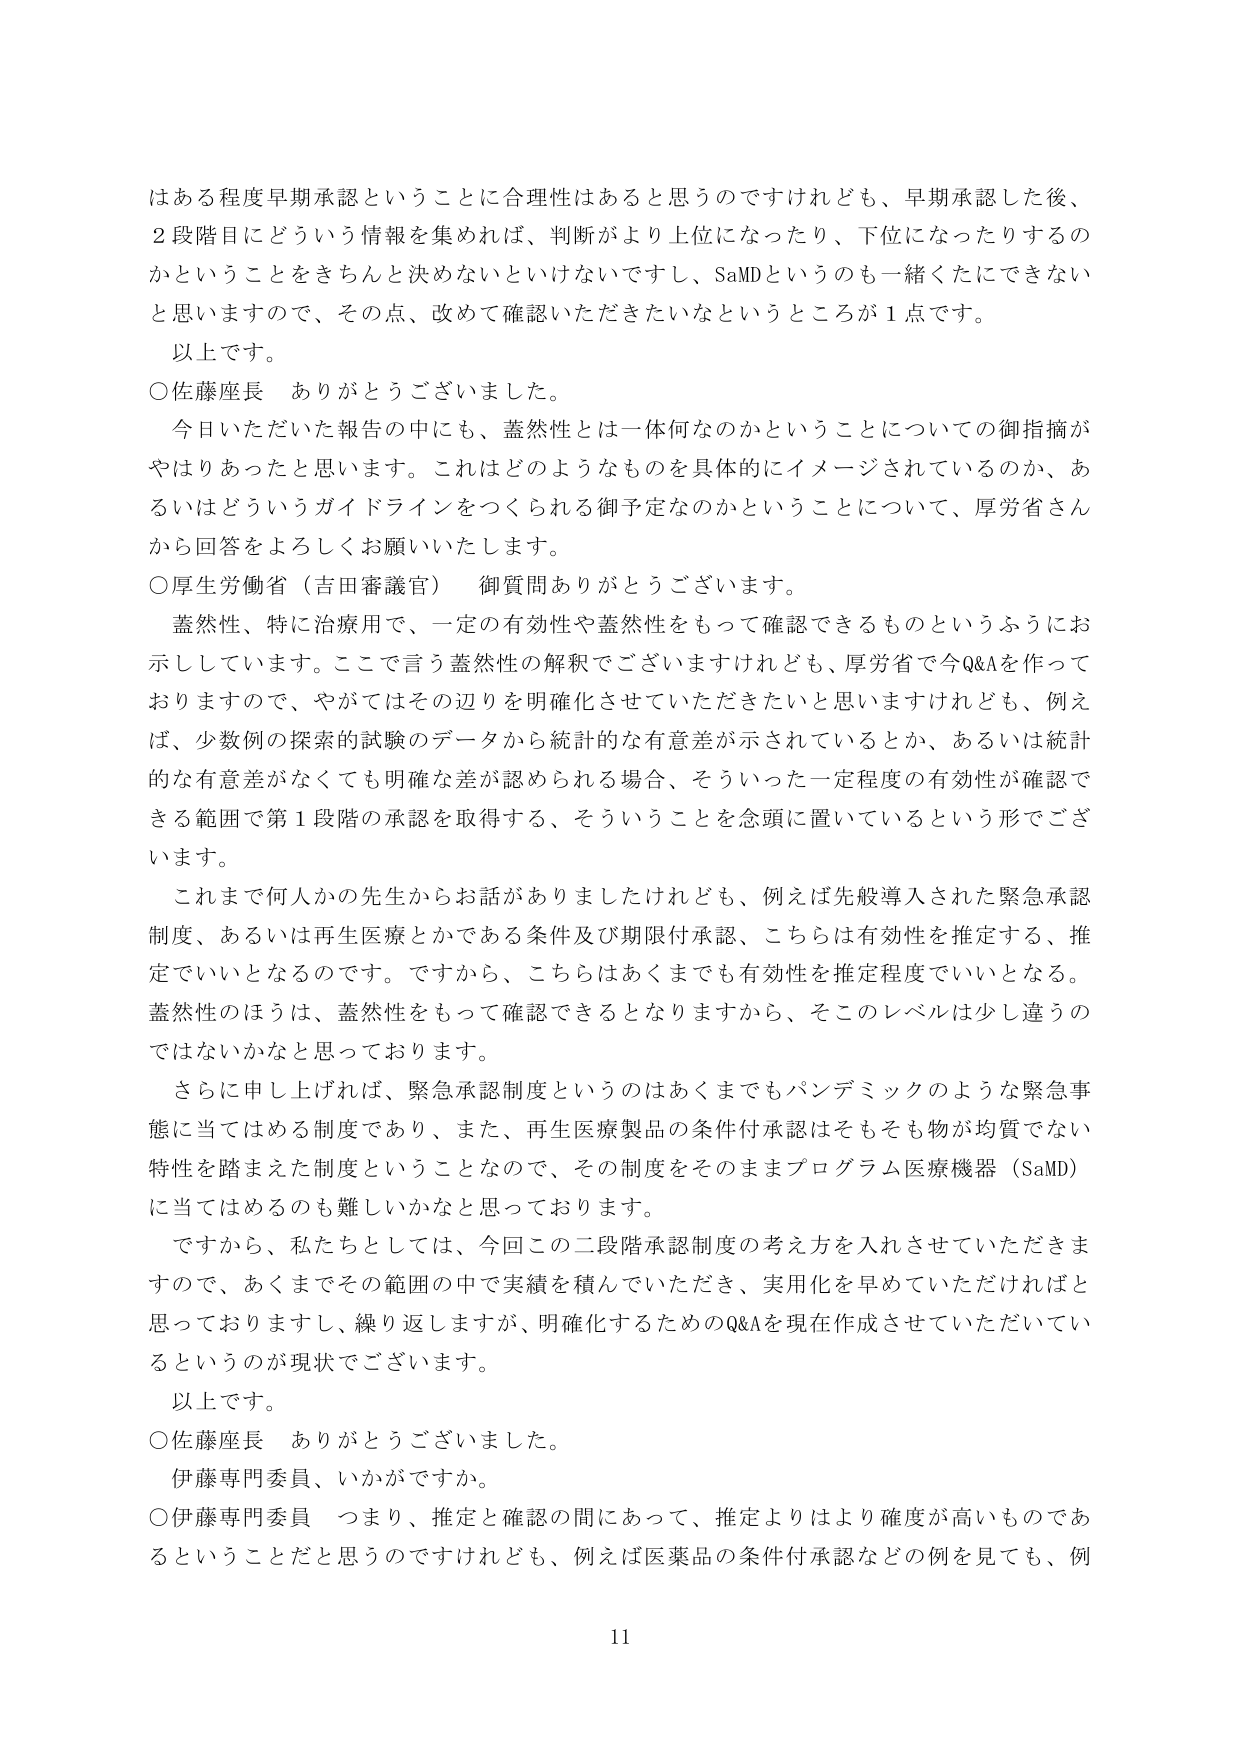
はある程度早期承認ということに合理性はあると思うのですけれども、早期承認した後、
2段階目にどういう情報を集めれば、判断がより上位になったり、下位になったりするの
かということをきちんと決めないといけないですし、SaMDというのも一緒くたにできない
と思いますので、その点、改めて確認いただきたいなというところが1点です。
以上です。
○佐藤座長　ありがとうございました。
　今日いただいた報告の中にも、蓋然性とは一体何なのかということについての御指摘が
やはりあったと思います。これはどのようなものを具体的にイメージされているのか、あ
るいはどういうガイドラインをつくられる御予定なのかということについて、厚労省さん
から回答をよろしくお願いいたします。
○厚生労働省（吉田審議官）　御質問ありがとうございます。
　蓋然性、特に治療用で、一定の有効性や蓋然性をもって確認できるものというふうにお
示ししています。ここで言う蓋然性の解釈でございますけれども、厚労省で今Q&Aを作って
おりますので、やがてはその辺りを明確化させていただきたいと思いますけれども、例え
ば、少数例の探索的試験のデータから統計的な有意差が示されているとか、あるいは統計
的な有意差がなくても明確な差が認められる場合、そういった一定程度の有効性が確認で
きる範囲で第1段階の承認を取得する、そういうことを念頭に置いているという形でござ
います。
　これまで何人かの先生からお話がありましたけれども、例えば先般導入された緊急承認
制度、あるいは再生医療とかである条件及び期限付承認、こちらは有効性を推定する、推
定でいいとなるのです。ですから、こちらはあくまでも有効性を推定程度でいいとなる。
蓋然性のほうは、蓋然性をもって確認できるとなりますから、そこのレベルは少し違うの
ではないかなと思っております。
　さらに申し上げれば、緊急承認制度というのはあくまでもパンデミックのような緊急事
態に当てはめる制度であり、また、再生医療製品の条件付承認はそもそも物が均質でない
特性を踏まえた制度ということなので、その制度をそのままプログラム医療機器（SaMD）
に当てはめるのも難しいかなと思っております。
　ですから、私たちとしては、今回この二段階承認制度の考え方を入札させていただきま
すので、あくまでその範囲の中で実績を積んでいただき、実用化を早めていただければと
思っておりますし、繰り返しますが、明確化するためのQ&Aを現在作成させていただいてい
るというのが現状でございます。
以上です。
○佐藤座長　ありがとうございました。
　伊藤専門委員、いかがですか。
○伊藤専門委員　つまり、推定と確認の間あって、推定よりはより確度が高いものであ
るということだと思うのですけれども、例えば医薬品の条件付承認などの例を見ても、例

11